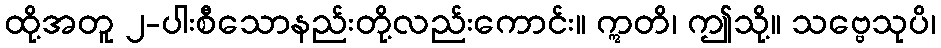
ထို့အတူ ၂-ပါးစီသောနည်းတို့လည်းကောင်း။ ဣတိ၊ ဤသို့။ သဗ္ဗေသုပိ၊